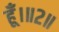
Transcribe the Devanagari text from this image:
हूँ।॥२॥